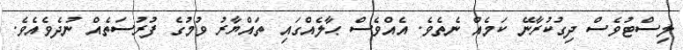
ލިސްޓުވެސް ދިގުކުރާނޭ ކަމެއް ނެތެވެ. އެއްވެސް ޙާލެއްގައި ތައްޔާރު ވުމުގެ ފުރުސަތެއް ނުދެވެއެވެ.